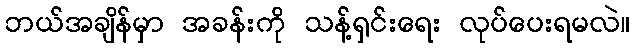
ဘယ်အချိန်မှာ အခန်းကို သန့်ရှင်းရေး လုပ်ပေးရမလဲ။